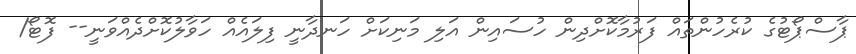
ޕާސްޕޯޓުގެ ކުރެހުންތައް ފަރުމާކޮށްދިން ހުސައިން އަލި މަނިކަށް ހަނދާނީ ފިލައެއް ހަވާލުކޮށްދެއްވަނީ-- ފޮޓޯ/